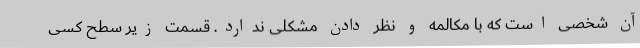
آن شخصی است که با مکالمه و نظر دادن مشکلی ندارد. قسمت زیر سطح کسی